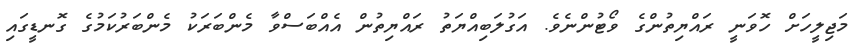
މަޖިލީހަށް ހޮވަނީ ރައްޔިތުންގެ ވޯޓުންނެވެ. އަގުލަބިއްޔަތު ރައްޔިތުން އެއްބަސްވާ މެންބަރަކު މެންބަރުކަމުގެ ގޮނޑީގައި